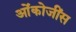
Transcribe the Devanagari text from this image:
ओंकोजींस